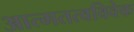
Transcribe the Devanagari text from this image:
आत्मतत्वविवेक